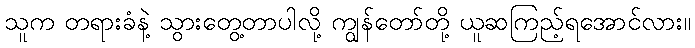
သူက တရားခံနဲ့ သွားတွေ့တာပါလို့ ကျွန်တော်တို့ ယူဆကြည့်ရအောင်လား။